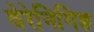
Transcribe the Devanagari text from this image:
वेरेनिगिङ